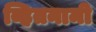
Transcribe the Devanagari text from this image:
व्हितनामी